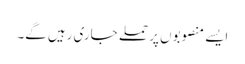
ایسے منصوبوں پر حملے جاری رہیں گے۔